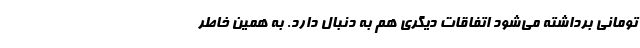
تومانی برداشته می‌شود اتفاقات دیگری هم به دنبال دارد. به همین خاطر